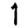
Digit: 1